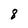
Character: 8